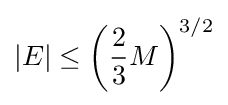
|E|\leq \left({\frac {2}{3}}M\right)^{3/2}